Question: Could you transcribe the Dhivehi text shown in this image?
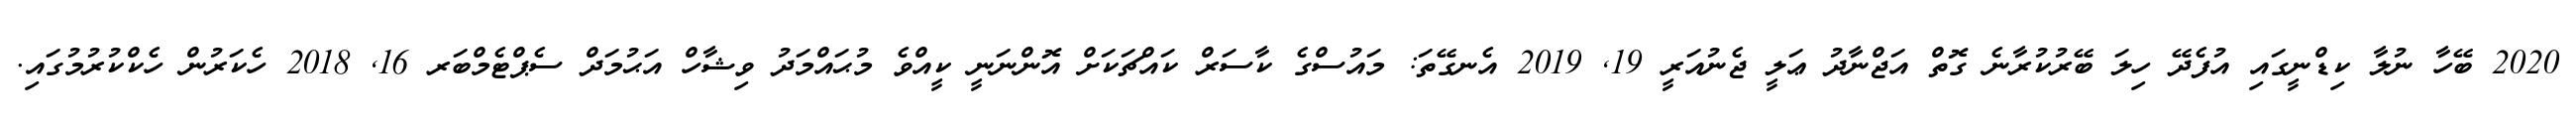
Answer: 2020 ބޭހާ ނުލާ ކިޑްނީގައި އުފެދޭ ހިލަ ބޭރުކުރާނެ ގޮތް އަޖްނާދު ޢަލީ ޖެނުއަރީ 19, 2019 އެނގޭތަ: މައުސްގެ ކާސަރް ކައްޗަކަށް އޮންނަނީ ކީއްވެ މުޙައްމަދު ވިޝާހް އަޙުމަދް ސެޕްޓެމްބަރ 16, 2018 ހެކަރުން ހެކްކުރުމުގައި.